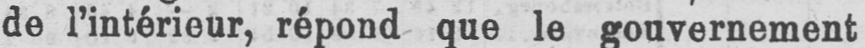
de l’intérieur, répond que le gouvernement